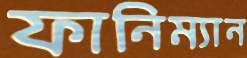
ফানিম্যান